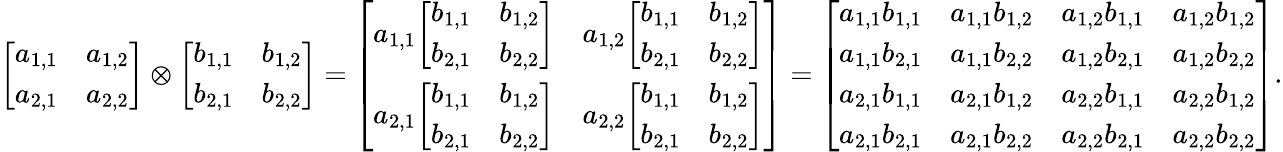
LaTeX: {\left[\begin{array}{ll}{a_{1,1}}&{a_{1,2}}\\ {a_{2,1}}&{a_{2,2}}\end{array}\right]}\otimes{\left[\begin{array}{ll}{b_{1,1}}&{b_{1,2}}\\ {b_{2,1}}&{b_{2,2}}\end{array}\right]}={\left[\begin{array}{ll}{a_{1,1}{\left[\begin{array}{ll}{b_{1,1}}&{b_{1,2}}\\ {b_{2,1}}&{b_{2,2}}\end{array}\right]}}&{a_{1,2}{\left[\begin{array}{ll}{b_{1,1}}&{b_{1,2}}\\ {b_{2,1}}&{b_{2,2}}\end{array}\right]}}\\ {a_{2,1}{\left[\begin{array}{ll}{b_{1,1}}&{b_{1,2}}\\ {b_{2,1}}&{b_{2,2}}\end{array}\right]}}&{a_{2,2}{\left[\begin{array}{ll}{b_{1,1}}&{b_{1,2}}\\ {b_{2,1}}&{b_{2,2}}\end{array}\right]}}\end{array}\right]}={\left[\begin{array}{llll}{a_{1,1}b_{1,1}}&{a_{1,1}b_{1,2}}&{a_{1,2}b_{1,1}}&{a_{1,2}b_{1,2}}\\ {a_{1,1}b_{2,1}}&{a_{1,1}b_{2,2}}&{a_{1,2}b_{2,1}}&{a_{1,2}b_{2,2}}\\ {a_{2,1}b_{1,1}}&{a_{2,1}b_{1,2}}&{a_{2,2}b_{1,1}}&{a_{2,2}b_{1,2}}\\ {a_{2,1}b_{2,1}}&{a_{2,1}b_{2,2}}&{a_{2,2}b_{2,1}}&{a_{2,2}b_{2,2}}\end{array}\right]}.